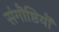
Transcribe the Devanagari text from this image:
संगॊष्ठियॊं